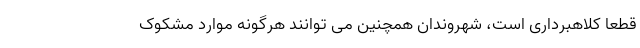
قطعا کلاهبرداری است، شهروندان همچنین می توانند هرگونه موارد مشکوک